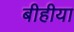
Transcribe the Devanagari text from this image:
बीहीया